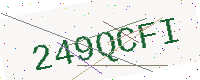
Text: 249QCFI